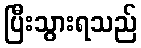
ပြီးသွားရသည်